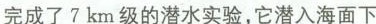
完成了7km级的潜水实验，它潜入海面下